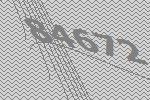
84672